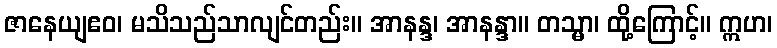
ဇာနေယျဧဝ၊ မသိသည်သာလျင်တည်း။ အာနန္ဒ၊ အာနန္ဒာ။ တသ္မာ၊ ထို့ကြောင့်။ ဣဟ၊